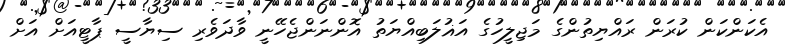
އެކަންކަން ކުރަން ރައްޔިތުންގެ މަޖިލީހުގެ އަޣުލަބިއްޔަތު އޮންނަންޖެހޭނީ ވާދަވެރި ސިޔާސީ ޕާޓީއަށް އަށް